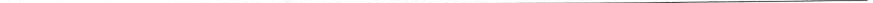
___